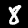
Label: 8